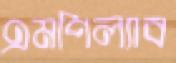
এমপিল্যাব